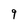
Character: 9